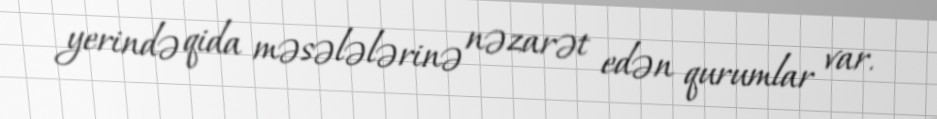
yerində qida məsələlərinə nəzarət edən qurumlar var.